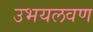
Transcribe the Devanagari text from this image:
उभयलवण